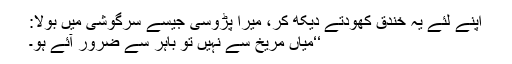
اپنے لئے یہ خندق کھودتے دیکھ کر، میرا پڑوسی جیسے سرگوشی میں بولا:
‘‘میاں مریخ سے نہیں تو باہر سے ضرور آئے ہو۔